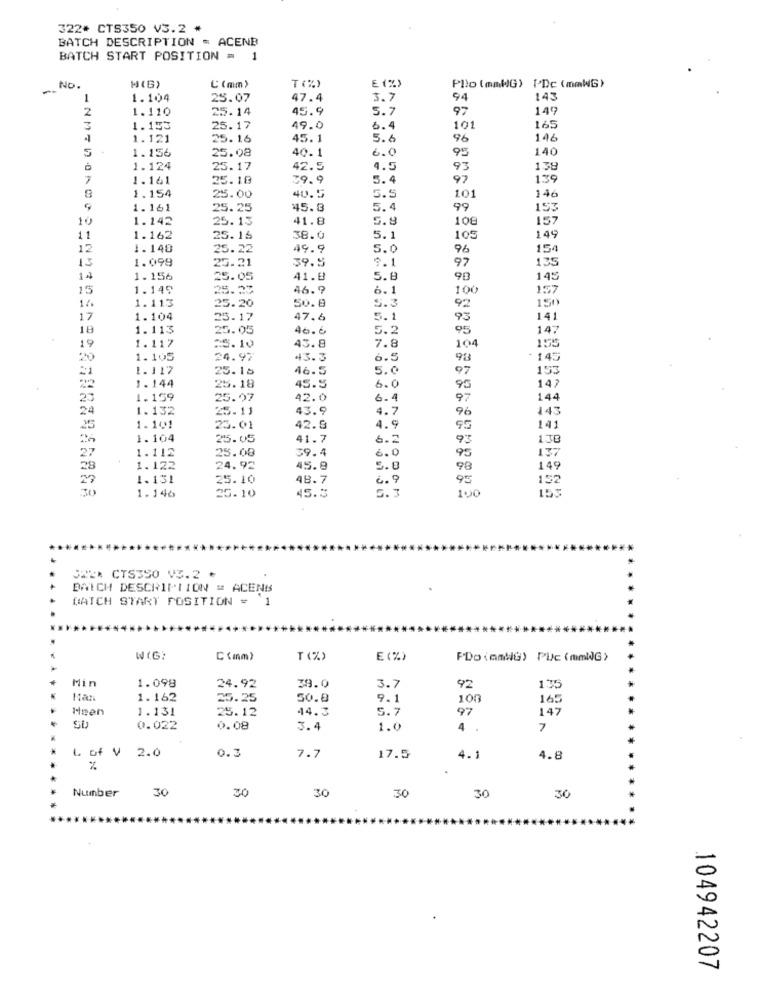
322* CTS350 V3.2 *
BATCH DESCRIPTION = ACENB
BATCH START POSITION = 1
T(%)
E (%)
Plo (mmHG) I'Dc (mmWG)
NO.
W(G)
C (mm)
1
1.104
25.07
47.4
3.7
94
143
2
1.110
25.14
45.9
5.7
97
149
3
1.153
25.17
49.0
6.4
101
165
1.121
25.16
45.1
5.6
96
146
5
1.156
25.08
6.0
140
40.1
95
1.124
25.17
42.5
4.5
93
138
7
1.161
25.18
39.9
5.4
97
139
1.154
25.00
40.5
5.5
101
146
9
1.161
25.25
45.3
5.4
99
153
10
1.142
25.13
41.8
5.8
108
157
11
1.162
25.15
38.0
5.1
105
149
12
1.148
25.22
49.9
5.0
96
154
15
1.098
25.21
39.5
9.1
97
135
14
1.156
25.05
41.9
5.8
90
145
15
1.149
25.23
46.9
6.1
100
157
5.3
150
1.113
25.20
50.8
92
17
1.104
25.17
47.6
5.1
93
141
18
1.113
25.05
46.6
5.2
95
147
19
1.117
=5.10
43.8
7.8
104
155
1.105
24.97
43.3
6.5
98
- 145
21
1.117
25.15
46.5
5.0
97
153
1. 144
25.18
45.5
6.0
95
147
23
1.159
25.97
42.0
6.4
97
144
24
1.132
25.11
43.9
4 .:
96
443
25
1.101
23.01
42.9
4.9
95
141
1.104
25.05
41.7
6.2
93
138
27
1.112
25.08
39.4
95
137
6.0
28
1.122
24.92
45.9
5.8
98
149
27
1.131
25.10
48.7
6. 9
95
152
1. 146
S. J
100
25.10
45.5
C22* CTS350 V3.2 *
BATCH DESCRIPTION = ACENS
BATCH START POSITION =
'1
WIG:
C(mm)
T (%)
E(%)
PDo (emWG) Plc (mmWG>
1.098
Min
24.92
39.0
3.7
92
135
Max
1.162
25.25
50.0
9.1
100
165
Heen
1.131
25.12
44.3
5.7
97
147
SD
0.022
0.08
3.4
1.0
4 .
7
L of V 2.0
0.3
7.7
17.5
4.1
4.8
%
Number
30
30
30
30
30
30
104942207